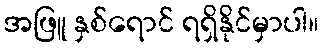
အဖြူ နှစ်ရောင် ရရှိနိုင်မှာပါ။